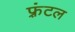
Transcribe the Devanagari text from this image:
फ़्रंटल